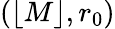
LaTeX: (\lfloor M\rfloor,r_{0})